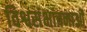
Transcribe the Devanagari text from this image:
विश्वसंभावनाओं